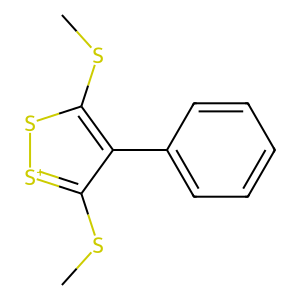
SMILES: CSc1s[s+]c(SC)c1-c1ccccc1
Inhibits HIV replication: Yes